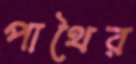
পাথৈর